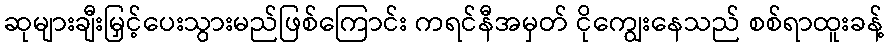
ဆုများချီးမြှင့်ပေးသွားမည်ဖြစ်ကြောင်း ကရင်နီအမှတ် ငိုကျွေးနေသည် စစ်ရာထူးခန့်